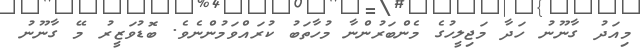
މިއަދު ގާނޫނު ހަދާ މަޖިލީހުގެ މެންބަރުންނާ މުހާތަބު ކުރައްވަމުންނެވެ. ބޮޑުވަޒީރު މޭ ގާނޫނު